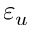
\varepsilon _ { u }